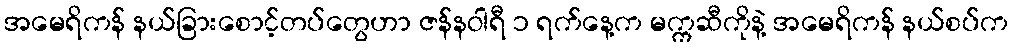
အမေရိကန် နယ်ခြားစောင့်တပ်တွေဟာ ဇန်နဝါရီ ၁ ရက်နေ့က မက္ကဆီကိုနဲ့ အမေရိကန် နယ်စပ်က